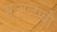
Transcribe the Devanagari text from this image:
मतालम्बी